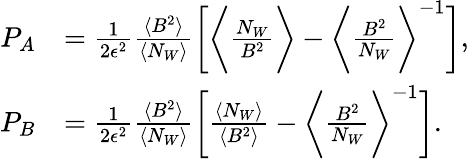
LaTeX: \begin{array}{rl}{P_{A}}&{=\frac{1}{2\epsilon^{2}}\frac{\langle B^{2}\rangle}{\langle N_{W}\rangle}\bigg[\bigg\langle\frac{N_{W}}{B^{2}}\bigg\rangle-\bigg\langle\frac{B^{2}}{N_{W}}\bigg\rangle^{-1}\bigg],}\\ {P_{B}}&{=\frac{1}{2\epsilon^{2}}\frac{\langle B^{2}\rangle}{\langle N_{W}\rangle}\bigg[\frac{\langle N_{W}\rangle}{\langle B^{2}\rangle}-\bigg\langle\frac{B^{2}}{N_{W}}\bigg\rangle^{-1}\bigg].}\end{array}